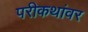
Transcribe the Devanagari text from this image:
परीकथांवर